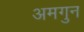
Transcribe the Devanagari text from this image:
अमगुन